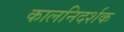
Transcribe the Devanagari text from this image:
कालनिदर्शक